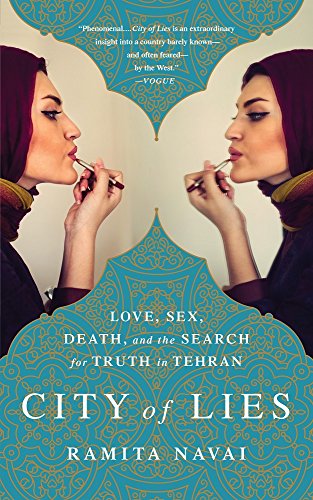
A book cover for City of Lies: Love, Sex, Death, and the Search for Truth in Tehran; Ramita Navai; Biographies & Memoirs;